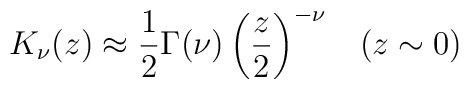
K_{\nu }(z)\approx \frac{1}{2}\Gamma (\nu )\left( \frac{z}{2}\right) ^{-\nu}\;\;\;(z\sim 0)